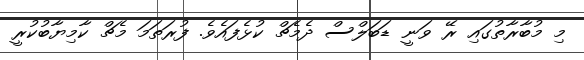
މި މުބާރާތުގައި ރޭ ވަނީ ޑަބަލްސް ދެމެޗް ކުޅެފައެވެ. ފުރަތަމަ މެޗް ކާމިޔާބުކުރީ